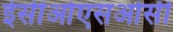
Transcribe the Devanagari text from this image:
ईसीओएसओसी